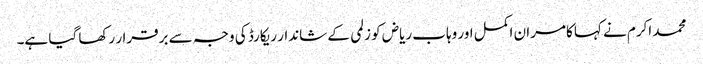
محمد اکرم نے کہا کامران اکمل اور وہاب ریاض کو زلمی کے شاندار ریکارڈ کی وجہ سے برقرار رکھا گیا ہے۔